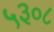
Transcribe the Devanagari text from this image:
५३०८